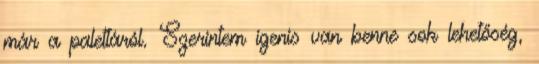
már a palettáról. Szerintem igenis van benne sok lehetőség,